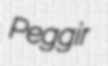
Peggir